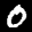
Label: 0